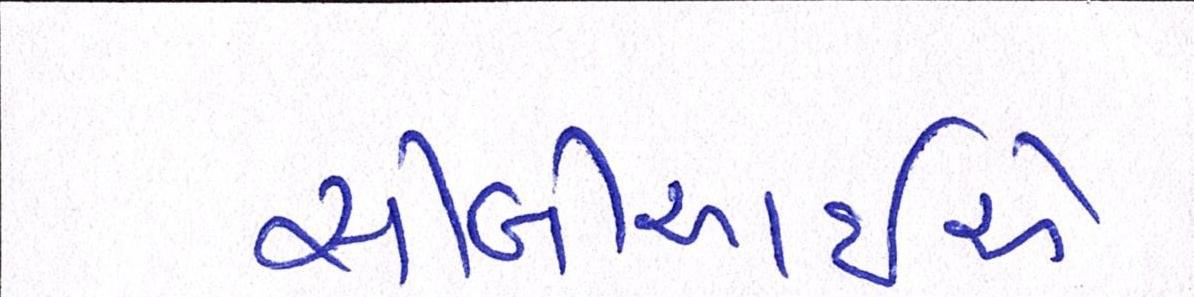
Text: સીબીઆઇએ